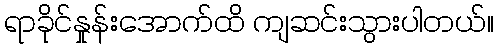
ရာခိုင်နှုန်းအောက်ထိ ကျဆင်းသွားပါတယ်။